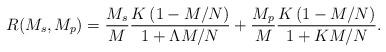
LaTeX: \begin{align*} R(M_s,M_p) = \frac{M_s}{M}\frac{K\left(1-{M}/{N} \right)}{1+ \Lambda M/N } + \frac{M_p}{M}\frac{K \left( 1-{M}/{N}\right)}{1+KM/N}.\end{align*}